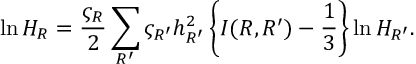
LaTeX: \ln H _ { R } = \frac { \varsigma _ { R } } { 2 } \sum _ { R ^ { \prime } } \varsigma _ { R ^ { \prime } } h _ { R ^ { \prime } } ^ { 2 } \left\{ I ( R , R ^ { \prime } ) - \frac { 1 } { 3 } \right\} \ln H _ { R ^ { \prime } } .